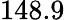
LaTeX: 148.9